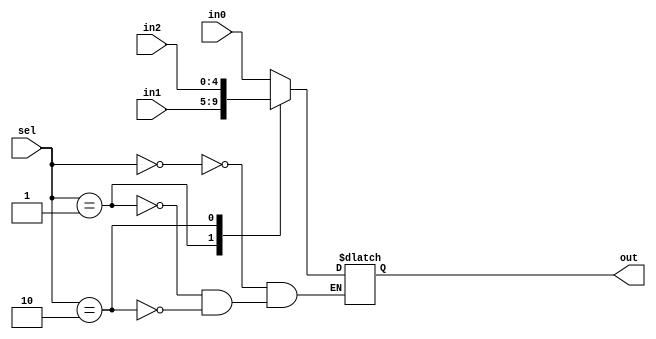
module mux5_3to1 (out, in0, in1, in2, sel);
	output reg  [4:0] out;
	input [4:0] in0;
	input [4:0] in1;
	input [4:0] in2;
  	input [1:0] sel;

  	always @(sel)
	begin
		case (sel)
			2'b00: out = in0;
			2'b01: out = in1;
			2'b10: out = in2;
		endcase
	end
endmodule